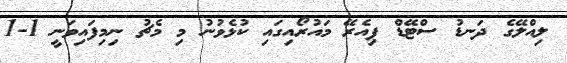
ލިއްލޭގެ ދަނޑު ސްޓޭޑް ޕިއެރޭ މައުރޯއިގައި ކުޅެވުނު މި މެޗު ނިމިފައިވަނީ 1-1